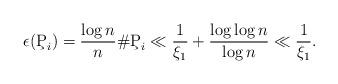
LaTeX: \begin{align*}\epsilon(\c{P}_i)=\frac{\log n}{n}\#\c{P}_i\ll\frac{1}{\xi_1}+\frac{\log \log n}{\log n}\ll\frac{1}{\xi_1}.\end{align*}